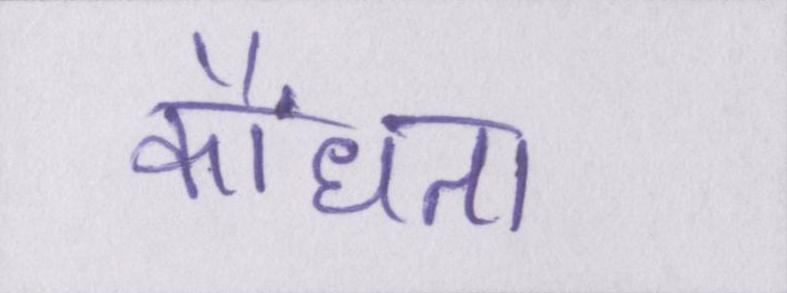
कौंधता